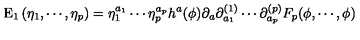
\mathrm { E } _ { 1 } \left( \eta _ { 1 } , \cdots , \eta _ { p } \right) = \eta _ { 1 } ^ { a _ { 1 } } \cdots \eta _ { p } ^ { a _ { p } } h ^ { a } ( \phi ) \partial _ { a } \partial _ { a _ { 1 } } ^ { ( 1 ) } \cdots \partial _ { a _ { p } } ^ { ( p ) } F _ { p } ( \phi , \cdots , \phi )